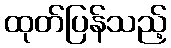
ထုတ်ပြန်သည့်